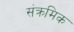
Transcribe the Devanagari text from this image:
संक्रमिक